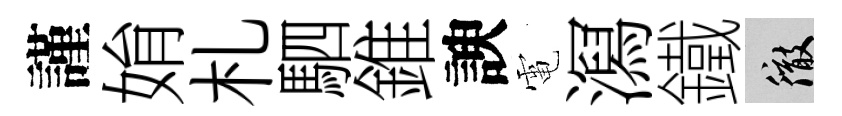
謹姢札駟錐諛電㵼鐵徹